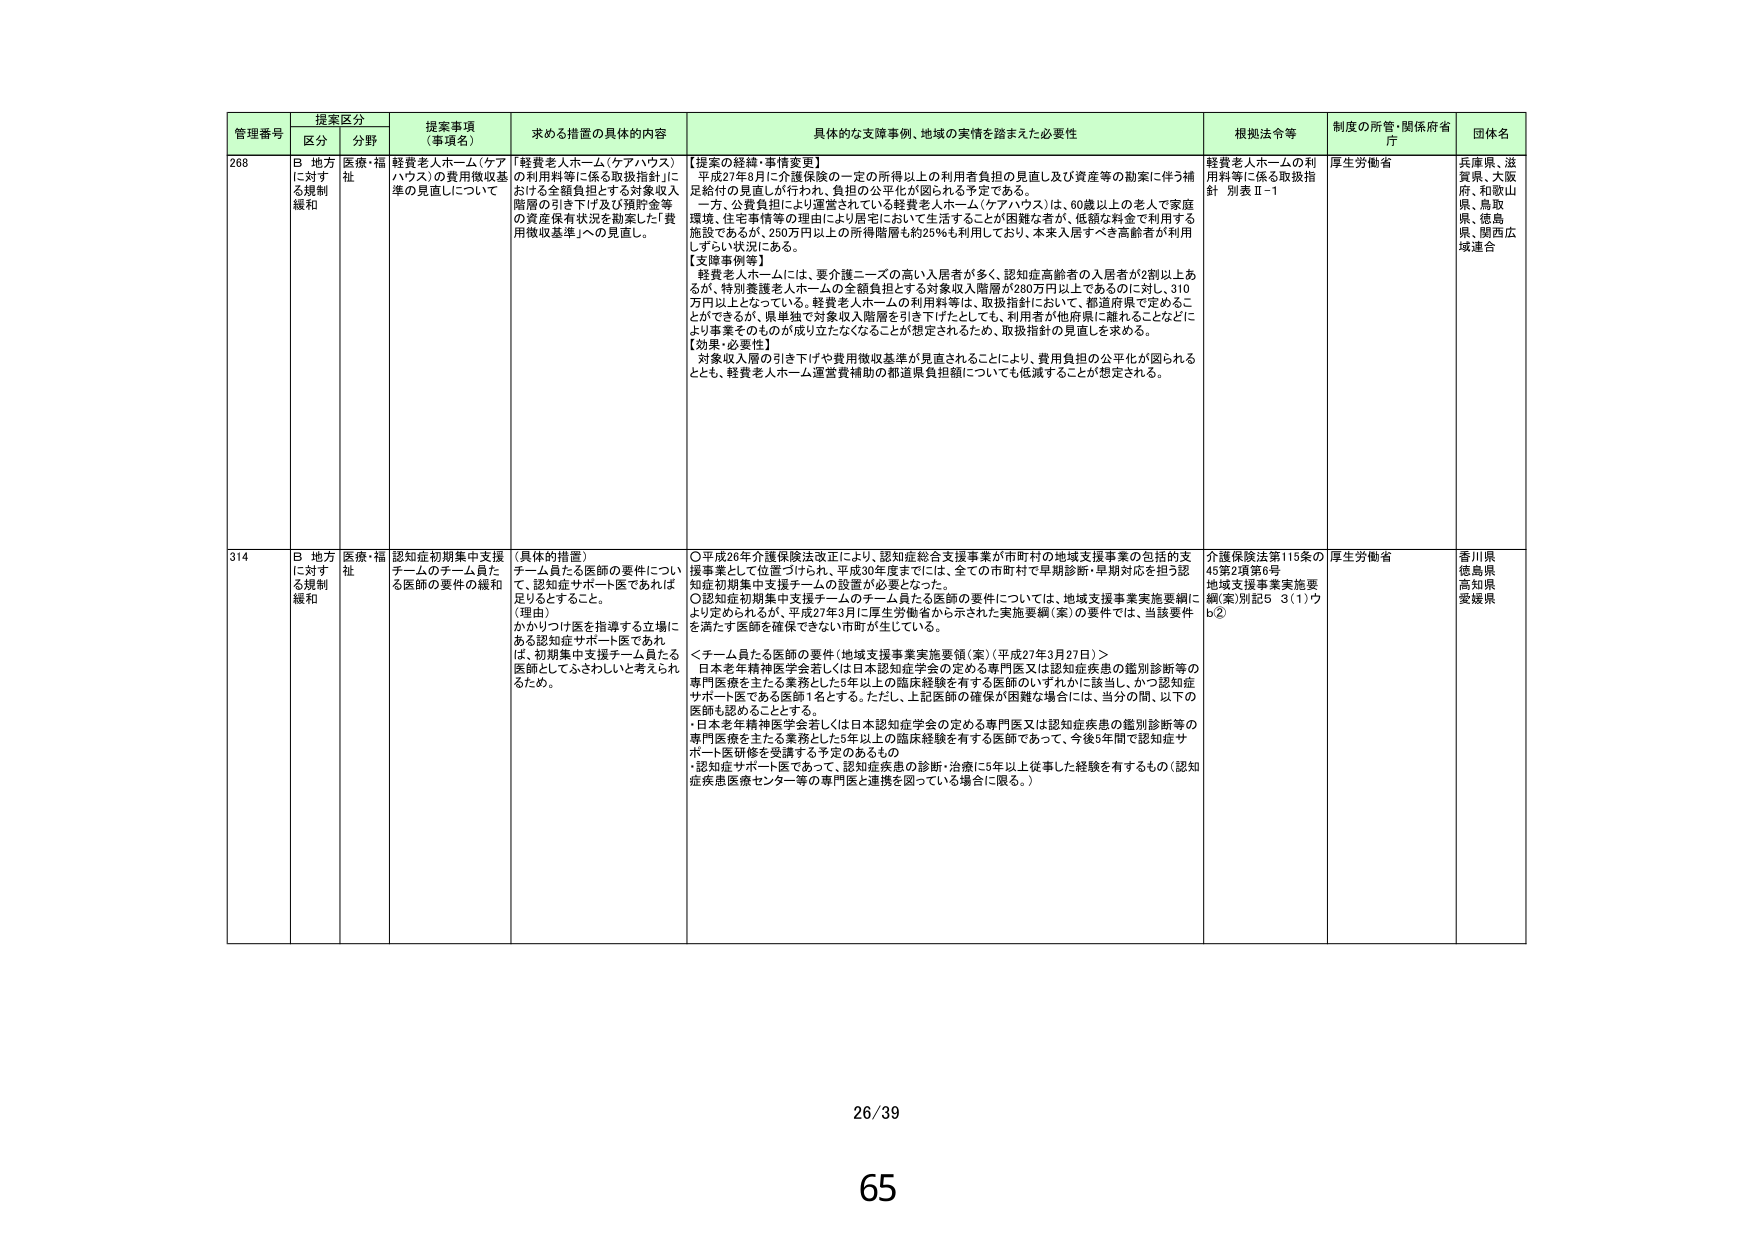
管理番号 提案区分 提案事項（事項名） 求める措置の具体的内容 具体的な支援事例、地域の実情を踏まえた必要性 根拠法令等 制度の所管・関係府省庁 団体名
区分 分野
268 B 地方に対する規制緩和 医療・福祉 「軽費老人ホーム（ケアハウス）の費用徴収基準の見直しについて」 「軽費老人ホーム（ケアハウス）の利用料等に係る取扱指針」における全額負担とする対象収入階層の引き下げ及び預貯金等の資産保有状況を勘案した「費用徴収基準」への見直し。 【提案の経緯・事情変更】 平成27年8月に介護保険の一定の所得以上の利用者負担の見直し及び資産等の勘案に伴う補足給付の見直しが行われ、負担の公平化が図られる予定である。 一方、公費負担により運営されている軽費老人ホーム（ケアハウス）は、60歳以上の老人で家庭環境、住宅事情等の理由により居宅において生活することが困難な者が、低額な料金で利用する施設であるが、250万円以上の所得階層も約25％も利用しており、本来入居すべき高齢者が利用しずらい状況にある。 【支援事例等】 軽費老人ホームには、要介護ニーズの高い入居者が多く、認知症高齢者の入居者が2割以上あるが、特別養護老人ホームの全額負担とする対象収入階層が280万円以上であるのに対し、310万円以上となっている。軽費老人ホームの利用料等は、取扱指針において、都道府県で定めることができるが、県単独で対象収入階層を引き下げたとしても、利用者が他府県に離れることなどにより事業そのものが成り立たなくなることが想定されるため、取扱指針の見直しを求める。 【効果・必要性】 対象収入層の引き下げや費用徴収基準が見直されることにより、費用負担の公平化が図られるとともに、軽費老人ホーム運営費補助の都道県負担額についても低減することが想定される。 軽費老人ホームの利用料等に係る取扱指針 別表Ⅱ-1 厚生労働省 兵庫県、滋賀県、大阪府、和歌山県、鳥取県、徳島県、関西広域連合
314 B 地方に対する規制緩和 医療・福祉 認知症初期集中支援チームのチーム員たる医師の要件の緩和 （具体的措置） チーム員たる医師の要件について、認知症サポート医であれば足りとすること。 （理由） かかりつけ医を指導する立場にある認知症サポート医であれば、初期集中支援チーム員たる医師としてふさわしいと考えられるため。 ○平成26年介護保険法改正により、認知症総合支援事業が市町村の地域支援事業の包括的支援事業として位置づけられ、平成30年度までには、全ての市町村で早期診断・早期対応を担う認知症初期集中支援チームの設置が必要となった。 ○認知症初期集中支援チームのチーム員たる医師の要件については、地域支援事業実施要綱により定められるが、平成27年3月に厚生労働省から示された実施要綱（案）の要件では、当該要件を満たす医師を確保できない市町が生じている。 ＜チーム員たる医師の要件（地域支援事業実施要綱（案）（平成27年3月27日）＞ ・日本老年精神医学会若しくは日本認知症学会の定める専門医又は認知症疾患の鑑別診断等の専門医療を主たる業務とした5年以上の臨床経験を有する医師のいずれかに該当し、かつ認知症サポート医である医師1名とする。ただし、上記医師の確保が困難な場合には、当分の間、以下の医師も認めることとする。 ・日本老年精神医学会若しくは日本認知症学会の定める専門医又は認知症疾患の鑑別診断等の専門医療を主たる業務とした5年以上の臨床経験を有する医師であって、今後5年間で認知症サポート医研修を受講する予定のあるもの ・認知症サポート医であって、認知症疾患の診断・治療に5年以上従事した経験を有するもの（認知症疾患医療センター等の専門医と連携を図っている場合に限る。） 介護保険法第115条の45第2項第6号 地域支援事業実施要綱（案）別記5 3（1）ウb② 厚生労働省 香川県 徳島県 高知県 愛媛県
26/39
65